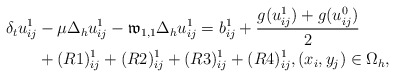
\begin{align*} \delta_{t}u^{1}_{ij}&-\mu\Delta_{h} u^{1}_{ij}- \mathfrak{w}_{1,1}\Delta_{h} u^{1}_{ij} =b^{1}_{ij}+\frac{g(u^1_{ij})+g(u^{0}_{ij})}{2}\\&+(R1)^{1}_{ij} +(R2)^{1}_{ij}+(R3)^{1}_{ij}+(R4)^{1}_{ij},(x_i,y_j)\in\Omega_{h}, \end{align*}